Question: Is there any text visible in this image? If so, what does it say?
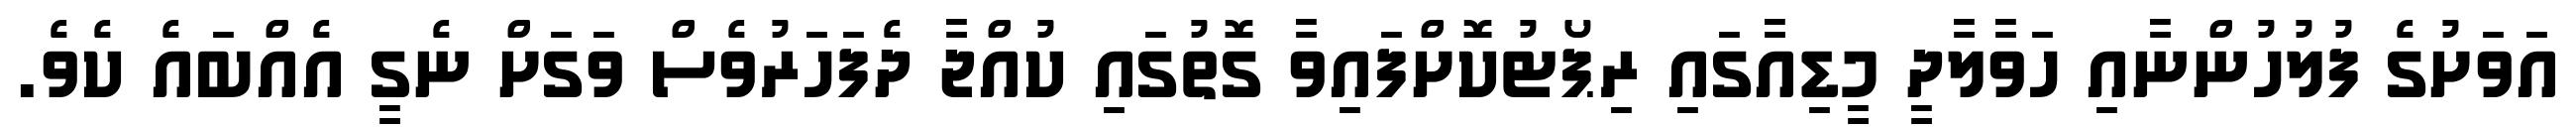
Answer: އަވަށުގެ ފުލުހުންނާއި ހަވާލާދީ މީޑިއާގައި ރިޕޯޓުކޮށްފައިވާ ގޮތުގައި ކުއްޖާ ދެފަހަރުވެސް ވަގަށް ނެގީ އެއްބައެ ކެވެ.